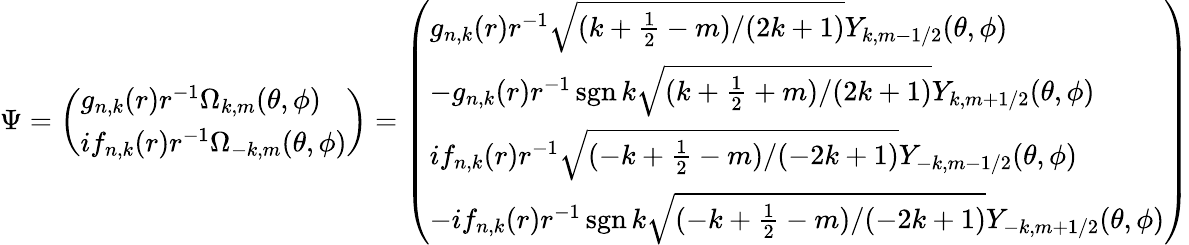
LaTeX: \Psi={\left(\begin{array}{l}{g_{n,k}(r)r^{-1}\Omega_{k,m}(\theta,\phi)}\\ {if_{n,k}(r)r^{-1}\Omega_{-k,m}(\theta,\phi)}\end{array}\right)}={\left(\begin{array}{l}{g_{n,k}(r)r^{-1}{\sqrt{(k+{\frac{1}{2}}-m)/(2k+1)}}Y_{k,m-1/2}(\theta,\phi)}\\ {-g_{n,k}(r)r^{-1}\operatorname{sgn}k{\sqrt{(k+{\frac{1}{2}}+m)/(2k+1)}}Y_{k,m+1/2}(\theta,\phi)}\\ {if_{n,k}(r)r^{-1}{\sqrt{(-k+{\frac{1}{2}}-m)/(-2k+1)}}Y_{-k,m-1/2}(\theta,\phi)}\\ {-if_{n,k}(r)r^{-1}\operatorname{sgn}k{\sqrt{(-k+{\frac{1}{2}}-m)/(-2k+1)}}Y_{-k,m+1/2}(\theta,\phi)}\end{array}\right)}